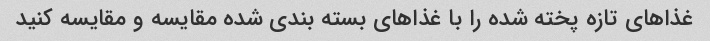
غذاهای تازه پخته شده را با غذاهای بسته بندی شده مقایسه و مقایسه کنید